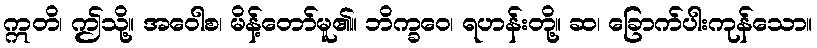
ဣတိ၊ ဤသို့။ အဝေါစ၊ မိန့်တော်မူ၏။ ဘိက္ခဝေ၊ ရဟန်းတို့။ ဆ၊ ခြောက်ပါးကုန်သော။